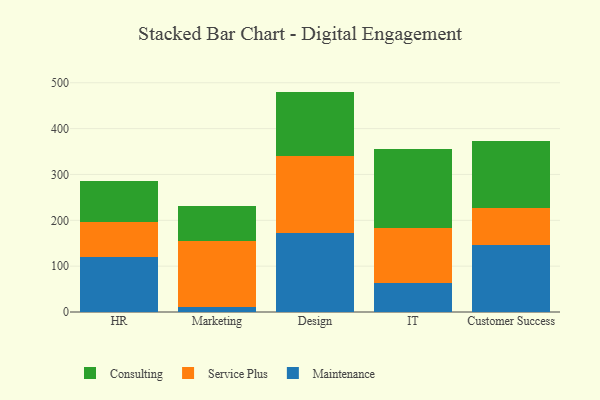
{"axis": {"x": "Department", "y": "Net Income (USD K)"}, "legend": ["Consulting", "Maintenance", "Service Plus"], "data": [{"x": "HR", "y": 119.4, "type": "Maintenance"}, {"x": "HR", "y": 77.1, "type": "Service Plus"}, {"x": "HR", "y": 89.2, "type": "Consulting"}, {"x": "Marketing", "y": 10.1, "type": "Maintenance"}, {"x": "Marketing", "y": 145.7, "type": "Service Plus"}, {"x": "Marketing", "y": 75.5, "type": "Consulting"}, {"x": "Design", "y": 171.4, "type": "Maintenance"}, {"x": "Design", "y": 169.7, "type": "Service Plus"}, {"x": "Design", "y": 139.6, "type": "Consulting"}, {"x": "IT", "y": 62.3, "type": "Maintenance"}, {"x": "IT", "y": 120.1, "type": "Service Plus"}, {"x": "IT", "y": 173.1, "type": "Consulting"}, {"x": "Customer Success", "y": 146.5, "type": "Maintenance"}, {"x": "Customer Success", "y": 79.4, "type": "Service Plus"}, {"x": "Customer Success", "y": 147.0, "type": "Consulting"}]}